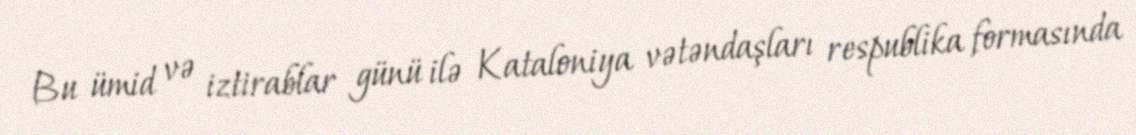
Bu ümid və iztirablar günü ilə Kataloniya vətəndaşları respublika formasında